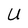
Character: U